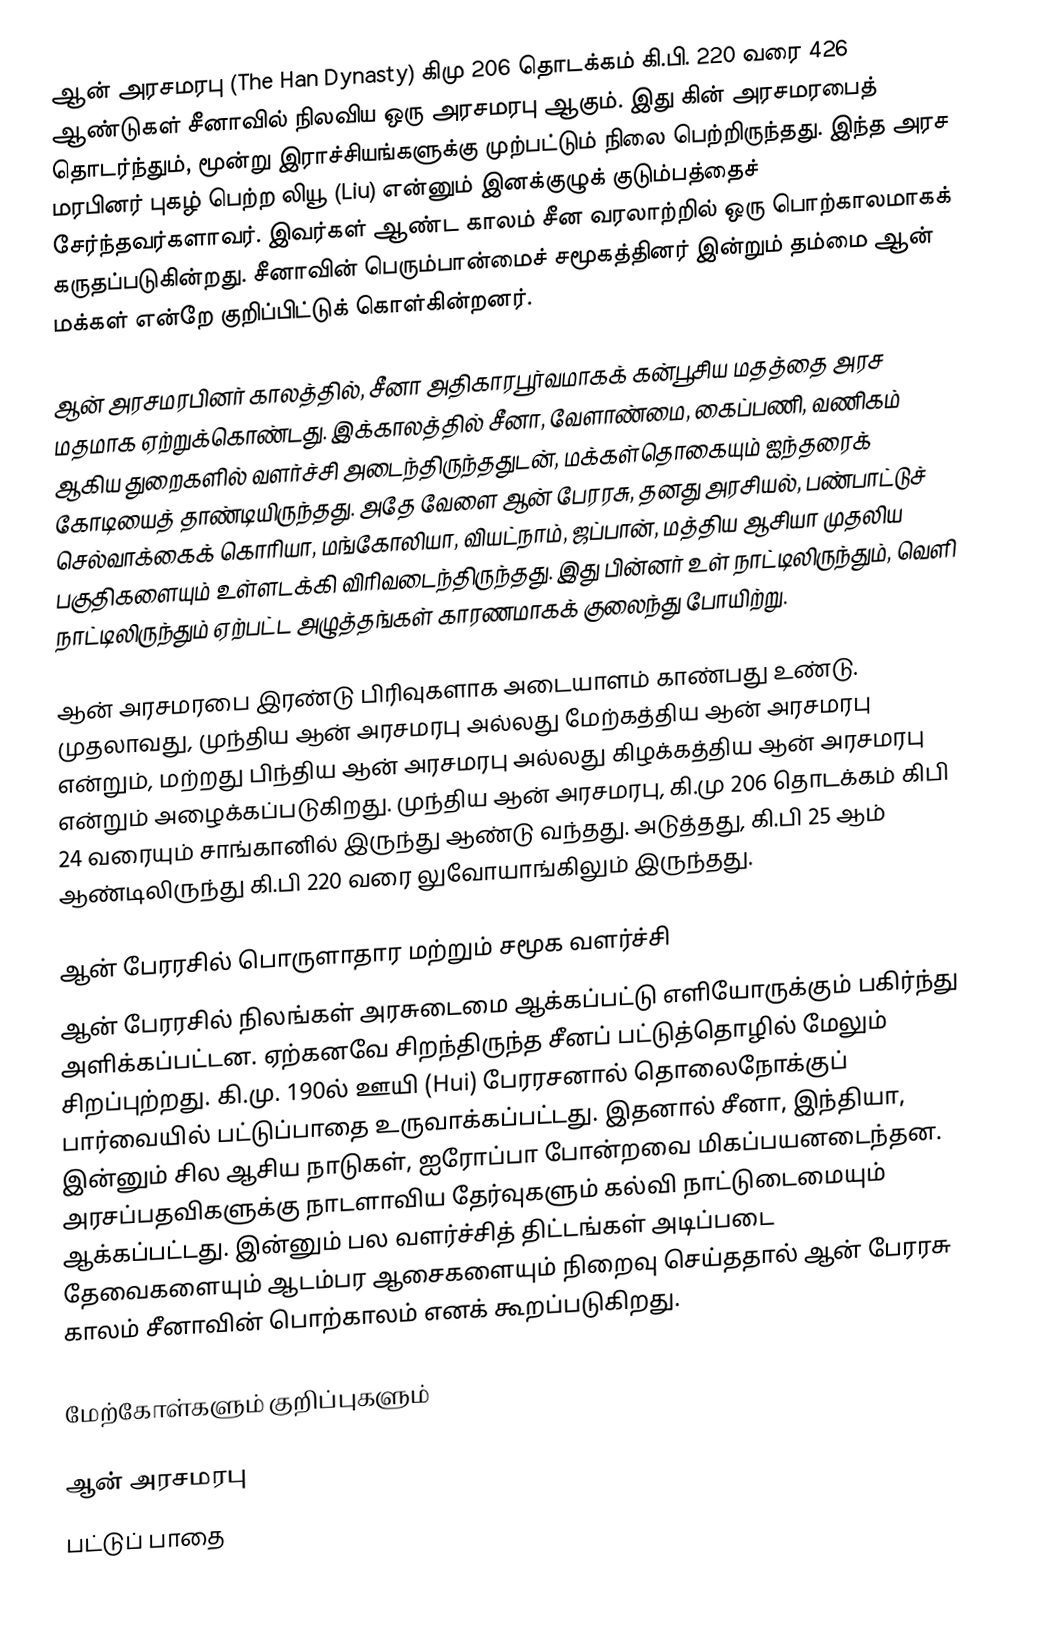
ஆன் அரசமரபு (The Han Dynasty) கிமு 206 தொடக்கம் கி.பி. 220 வரை 426 ஆண்டுகள் சீனாவில் நிலவிய ஒரு அரசமரபு ஆகும். இது கின் அரசமரபைத் தொடர்ந்தும், மூன்று இராச்சியங்களுக்கு முற்பட்டும் நிலை பெற்றிருந்தது. இந்த அரச மரபினர் புகழ் பெற்ற லியூ (Liu) என்னும் இனக்குழுக் குடும்பத்தைச் சேர்ந்தவர்களாவர். இவர்கள் ஆண்ட காலம் சீன வரலாற்றில் ஒரு பொற்காலமாகக் கருதப்படுகின்றது. சீனாவின் பெரும்பான்மைச் சமூகத்தினர் இன்றும் தம்மை ஆன் மக்கள் என்றே குறிப்பிட்டுக் கொள்கின்றனர்.

ஆன் அரசமரபினர் காலத்தில், சீனா அதிகாரபூர்வமாகக் கன்பூசிய மதத்தை அரச மதமாக ஏற்றுக்கொண்டது. இக்காலத்தில் சீனா, வேளாண்மை, கைப்பணி, வணிகம் ஆகிய துறைகளில் வளர்ச்சி அடைந்திருந்ததுடன், மக்கள்தொகையும் ஐந்தரைக் கோடியைத் தாண்டியிருந்தது. அதே வேளை ஆன் பேரரசு, தனது அரசியல், பண்பாட்டுச் செல்வாக்கைக் கொரியா, மங்கோலியா, வியட்நாம், ஜப்பான், மத்திய ஆசியா முதலிய பகுதிகளையும் உள்ளடக்கி விரிவடைந்திருந்தது. இது பின்னர் உள் நாட்டிலிருந்தும், வெளி நாட்டிலிருந்தும் ஏற்பட்ட அழுத்தங்கள் காரணமாகக் குலைந்து போயிற்று.

ஆன் அரசமரபை இரண்டு பிரிவுகளாக அடையாளம் காண்பது உண்டு. முதலாவது, முந்திய ஆன் அரசமரபு அல்லது மேற்கத்திய ஆன் அரசமரபு என்றும், மற்றது பிந்திய ஆன் அரசமரபு அல்லது கிழக்கத்திய ஆன் அரசமரபு என்றும் அழைக்கப்படுகிறது. முந்திய ஆன் அரசமரபு, கி.மு 206 தொடக்கம் கிபி 24 வரையும் சாங்கானில் இருந்து ஆண்டு வந்தது. அடுத்தது, கி.பி 25 ஆம் ஆண்டிலிருந்து கி.பி 220 வரை லுவோயாங்கிலும் இருந்தது.

ஆன் பேரரசில் பொருளாதார மற்றும் சமூக வளர்ச்சி
ஆன் பேரரசில் நிலங்கள் அரசுடைமை ஆக்கப்பட்டு எளியோருக்கும் பகிர்ந்து அளிக்கப்பட்டன. ஏற்கனவே சிறந்திருந்த சீனப் பட்டுத்தொழில் மேலும் சிறப்புற்றது. கி.மு. 190ல் ஊயி (Hui) பேரரசனால் தொலைநோக்குப் பார்வையில் பட்டுப்பாதை உருவாக்கப்பட்டது. இதனால் சீனா, இந்தியா, இன்னும் சில ஆசிய நாடுகள், ஐரோப்பா போன்றவை மிகப்பயனடைந்தன. அரசப்பதவிகளுக்கு நாடளாவிய தேர்வுகளும் கல்வி நாட்டுடைமையும் ஆக்கப்பட்டது. இன்னும் பல வளர்ச்சித் திட்டங்கள் அடிப்படை தேவைகளையும் ஆடம்பர ஆசைகளையும் நிறைவு செய்ததால் ஆன் பேரரசு காலம் சீனாவின் பொற்காலம் எனக் கூறப்படுகிறது.

மேற்கோள்களும் குறிப்புகளும்

ஆன் அரசமரபு
பட்டுப் பாதை